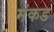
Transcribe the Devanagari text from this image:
मंकड